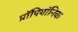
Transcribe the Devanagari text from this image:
प्रॉपियॉनिक